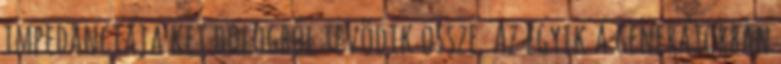
impedanciája két dologból tevõdik össze. Az egyik a generátorban